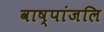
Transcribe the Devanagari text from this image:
वाष्पांजलि